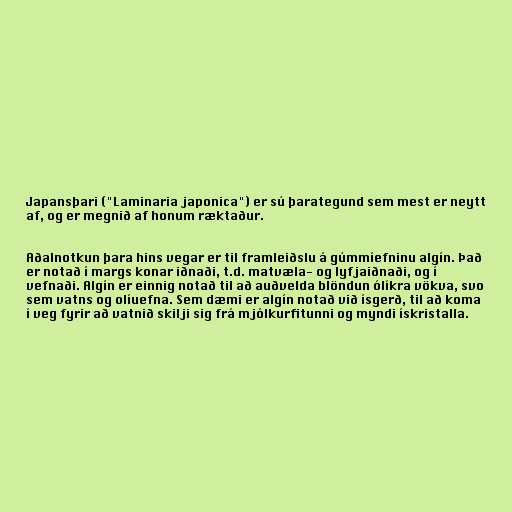
Japansþari ("Laminaria japonica") er sú þarategund sem mest er neytt
af, og er megnið af honum ræktaður.

Aðalnotkun þara hins vegar er til framleiðslu á gúmmíefninu algín. Það
er notað í margs konar iðnaði, t.d. matvæla- og lyfjaiðnaði, og í
vefnaði. Algín er einnig notað til að auðvelda blöndun ólíkra vökva, svo
sem vatns og olíuefna. Sem dæmi er algín notað við ísgerð, til að koma
í veg fyrir að vatnið skilji sig frá mjólkurfitunni og myndi ískristalla.